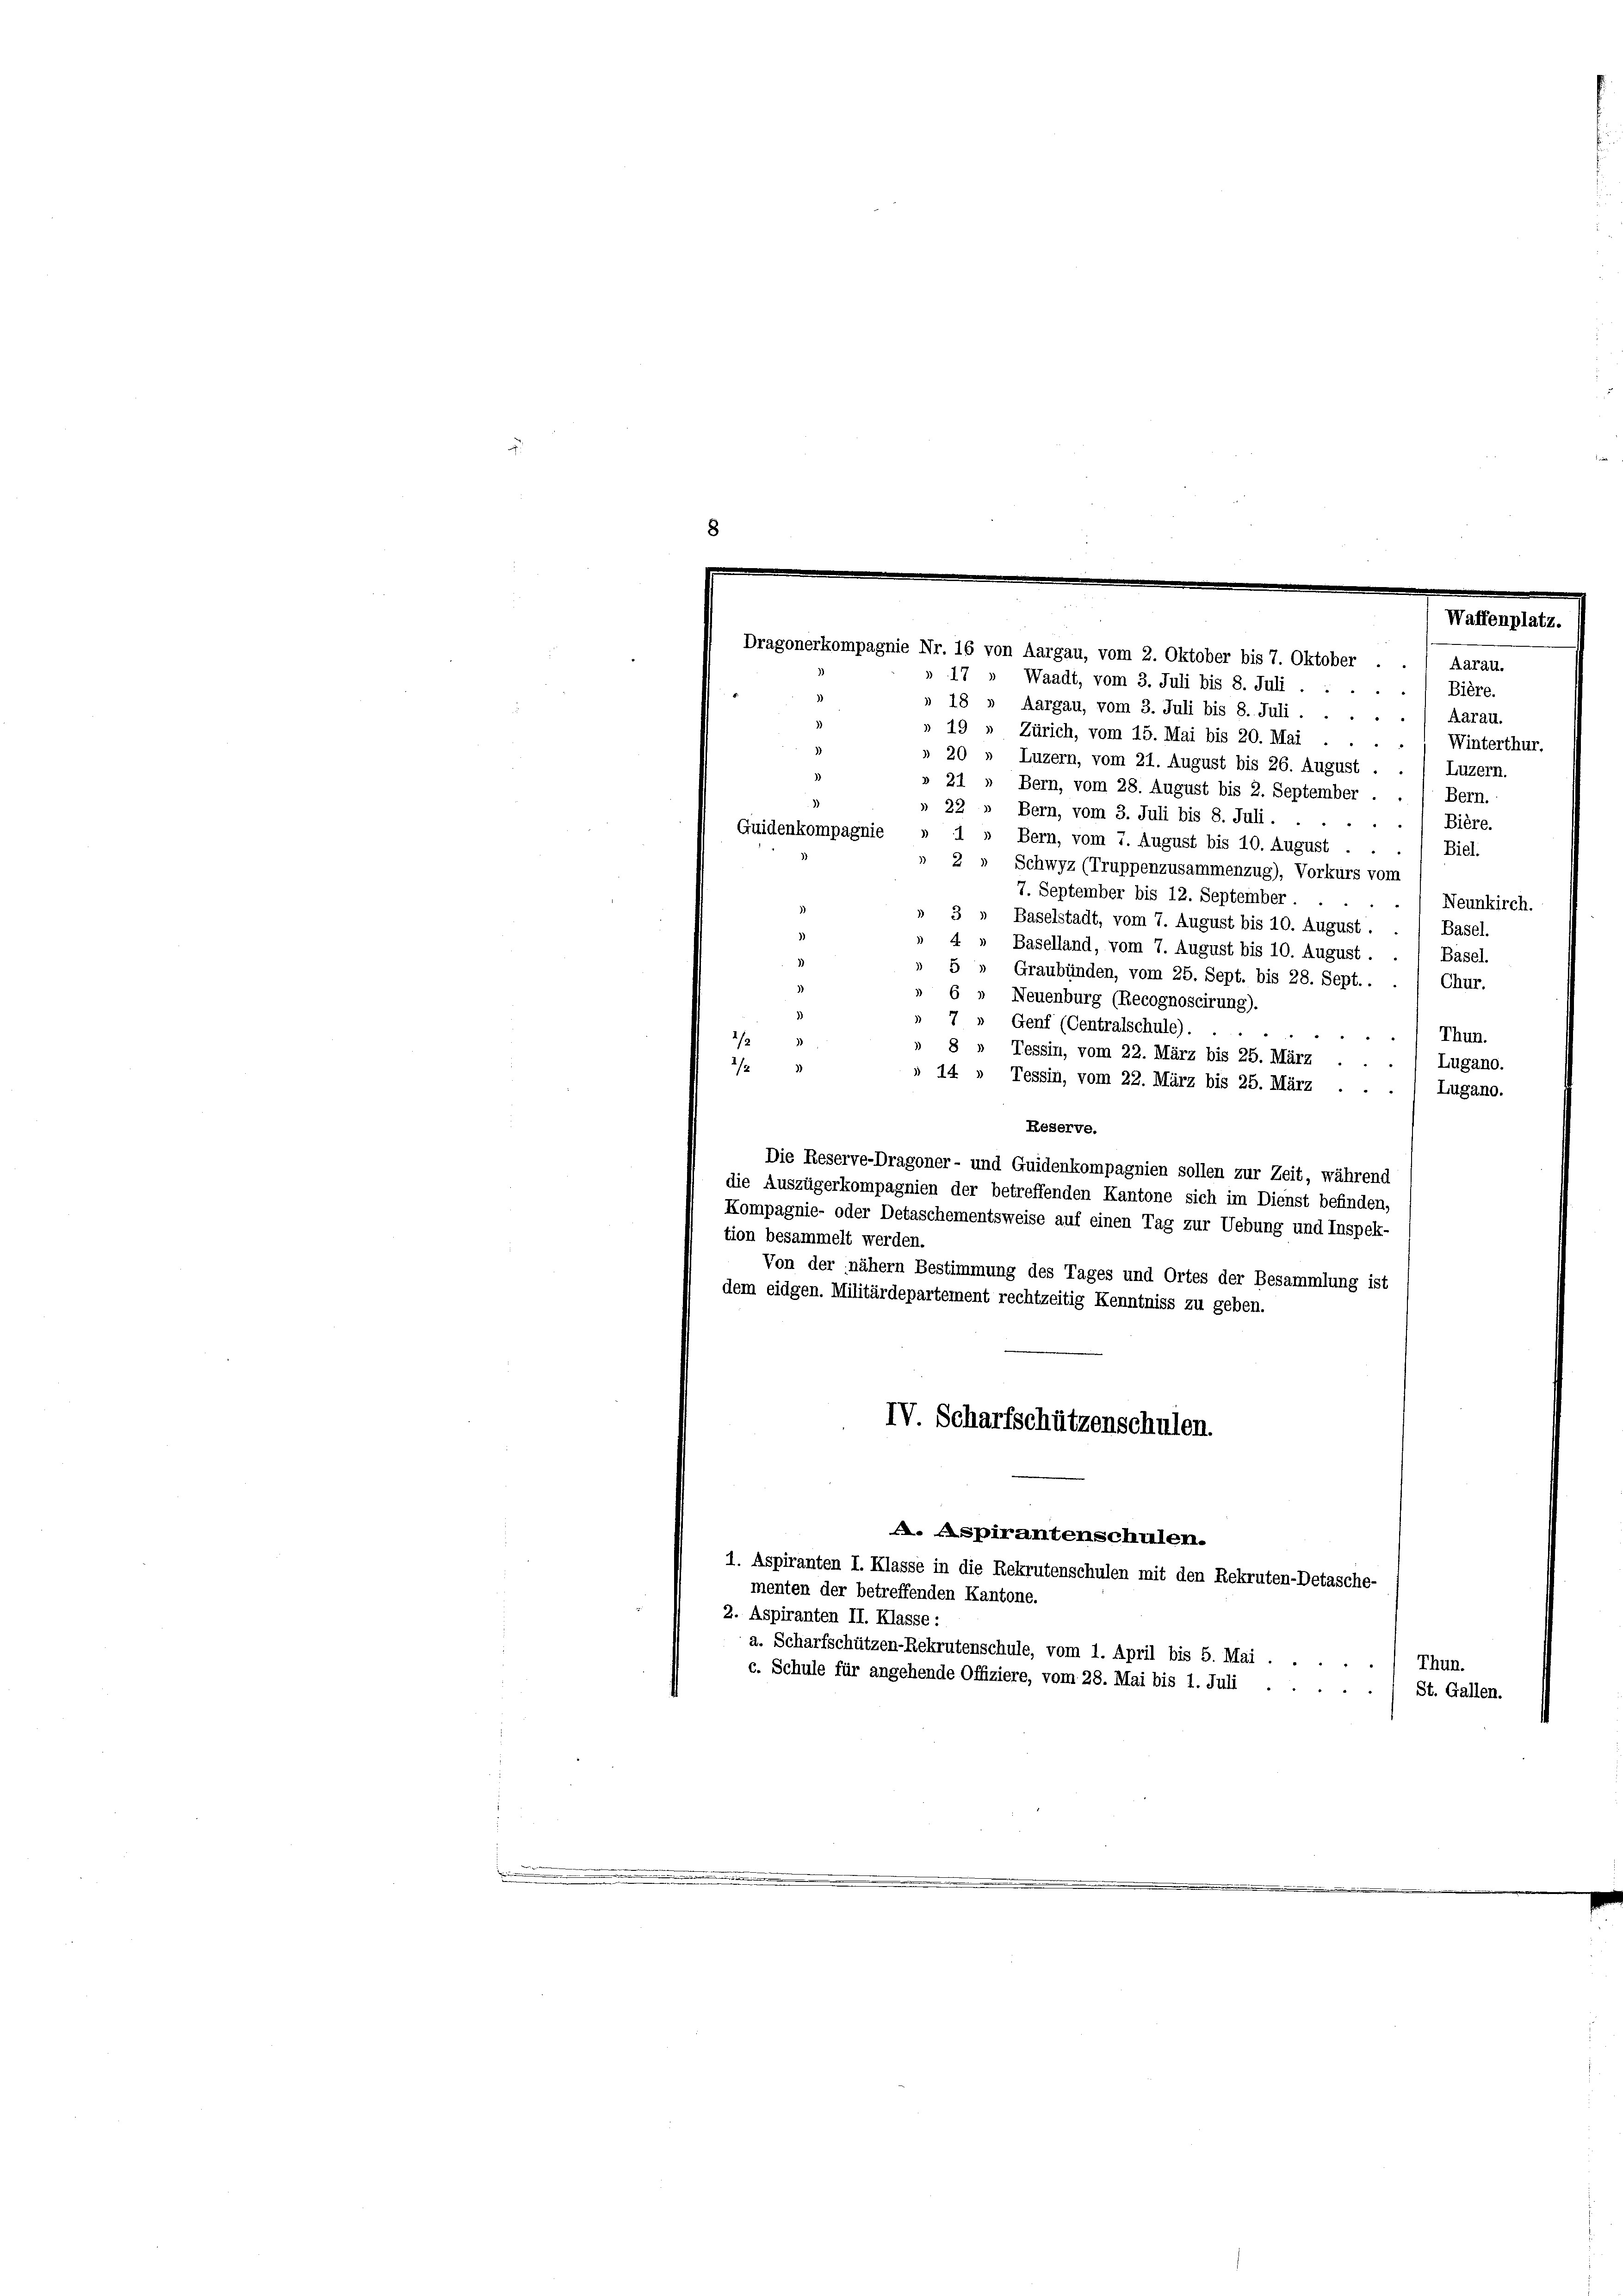
Waffenpl
Dragonerkompagnie Nr. 16 von Aargau, vom 2. Oktober bis 7. Oktober
Aarau.
17 » Waadt, vom 3. Juli bis 8. Juli .

18
Aargau, vom 3. Juli bis 8. Juli.
Aarau.
19 » Zürich, vom 15. Mai bis 20. Mai
) Winterthur.
20 „ Luzern, vom 21. August bis 26. August
Luzern.
21 » Bern, vom 28. August bis 2. September
Bern.
22 » Bern, vom 3. Juli bis 8. Juli.
Bière.
Guidenkompagnie
Bern, vom 7. August bis 10. August
Biel.
Schwyz (Truppenzusammenzug), Vorkurs vom
7. September bis 12. September
Neunkirch.
Baselstadt, vom 7. August bis 10. August . . / Basel.
Baselland, vom 7. August bis 10. August.
Basel.
Graubünden, vom 25. Sept. bis 28. Sept. .
Chur.
Neuenburg (Recognoscirung).
7 " Genf (Centralschule).
Thun.
8 „ Tessin, vom 22. März bis 25. März
Lugano.
2/2
 14
Tessin, vom 22. März bis 25. März
Lugano.
Reserve.
Die Reserve-Dragoner- und Guidenkompagnien sollen zur Zeit, während
die Auszügerkompagnien der betreffenden Kantone sich im Dienst befinden,
Kompagnie- oder Detaschementsweise auf einen Tag zur Uebung und Inspek-
tion besammelt werden.
Von der nähern Bestimmung des Tages und Ortes der Besammlung ist
dem eidgen. Militärdepartement rechtzeitig Kenntniss zu geben.
IV. Scharfschützenschulen.
A. Aspirantenschulen.
1. Aspiranten I. Klasse in die Rekrutenschulen mit den Rekruten-Detasche
menten der betreffenden Kantone.
2. Aspiranten II. Klasse:
a. Scharfschützen-Rekrutenschule, vom 1. April bis 5. Mai.
Thun.
c. Schule für angehende Offiziere, vom 28. Mai bis 1. Juli.
St. Gallen.

Bière.